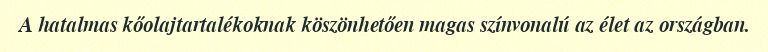
A hatalmas kőolajtartalékoknak köszönhetően magas színvonalú az élet az országban.